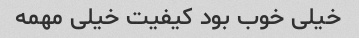
خیلی خوب بود کیفیت خیلی مهمه